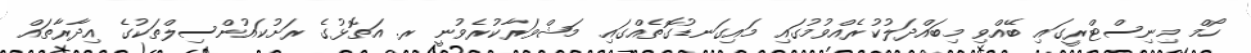
ހޯމް މިނިސްޓްރީގައި ބޭއްވި މިބައްދަލުކުރެއްވުމުގައި މައިގަނޑުގޮތެއްގައި މަޝްވަރާކުރެވުނީ ރ. އަތޮޅުގެ ރަށުކައުންސިލްތަކުގެ އިދާރާތައް